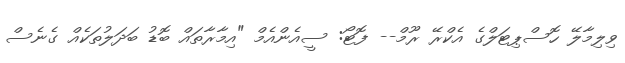
ވިލިމާލޭ ހޮސްޕިޓަލްގެ އެކްރޭ ރޫމް-- ފޮޓޯ: ސީއެންއެމް "އިމާރާތައް ބޮޑު ބަދަލުތަކެއް ގެނެސް